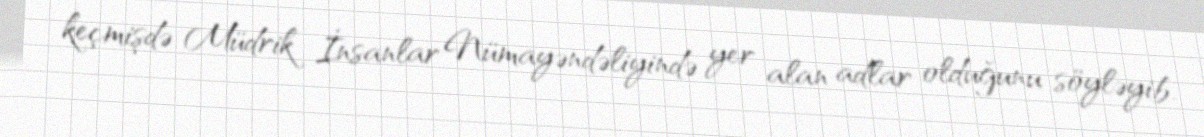
keçmişdə Müdrik İnsanlar Nümayəndəliyində yer alan adlar olduğunu söyləyib.